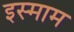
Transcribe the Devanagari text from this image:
इस्माम